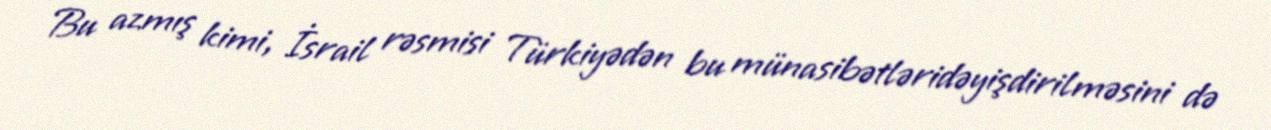
Bu azmış kimi, İsrail rəsmisi Türkiyədən bu münasibətləridəyişdirilməsini də